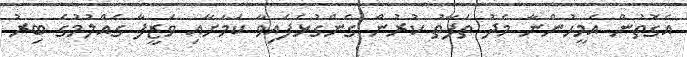
އެގޮތުން އެމީހުންނާ މެދު ތަފާތު ކުރުން ގެންގުޅެފައިވާ ކަމަށާއި ވަޒީފާ ގެއްލުމުގެ ބިރު